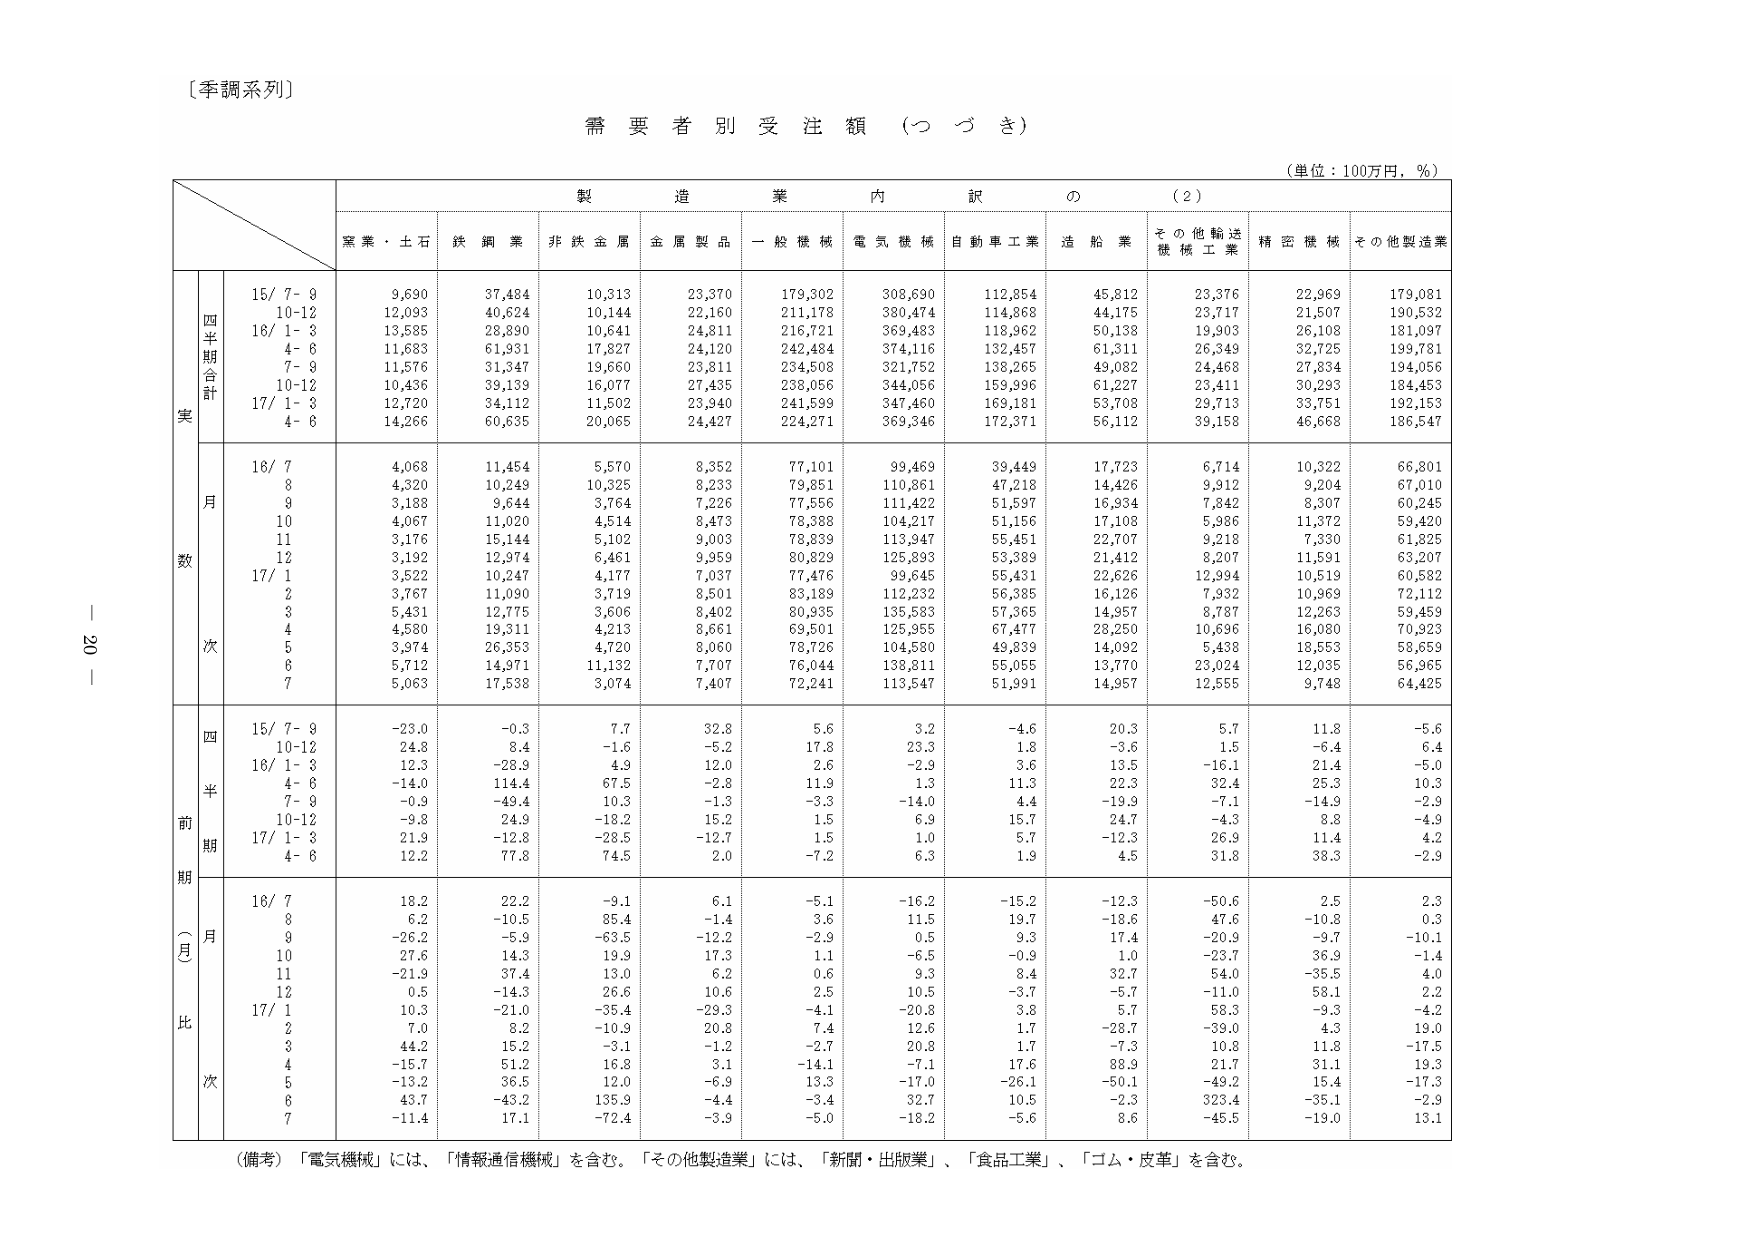
〔季調系列〕

需要者別受注額（つづき）

（単位：100万円，％）

製造業内訳の（2）

窯業・土石　鉄鋼業　非鉄金属　金属製品　一般機械　電気機械　自動車工業　造船業　その他輸送機械工業　精密機械　その他製造業

四半期合計
15/ 7-9　9,690　37,484　10,313　23,370　179,302　308,690　112,854　45,812　23,376　22,969　179,081
　10-12　12,093　40,624　10,144　22,160　211,178　380,474　114,868　44,175　23,717　21,507　190,532
16/ 1-3　13,585　28,890　10,641　24,811　216,721　369,483　118,962　50,138　19,903　26,108　181,097
　4-6　11,683　61,931　17,827　24,120　242,484　374,116　132,457　61,311　26,349　32,725　199,781
　7-9　11,576　31,347　19,660　23,811　234,508　321,752　138,265　49,082　24,468　27,834　194,056
　10-12　10,436　39,139　16,077　27,435　238,056　344,056　159,996　61,227　23,411　30,233　184,453
17/ 1-3　12,720　34,112　11,502　23,940　241,599　347,460　169,181　53,708　29,713　33,751　192,153
　4-6　14,266　60,635　20,065　24,427　224,271　369,346　172,371　56,112　39,158　46,668　186,547

月数
16/ 7　4,068　11,454　5,570　8,352　77,101　99,469　39,449　17,723　6,714　10,322　66,801
　8　4,320　10,249　10,325　8,233　79,851　110,861　47,218　14,426　9,912　9,204　67,010
　9　3,188　9,644　3,764　7,226　77,556　111,422　51,597　16,934　7,842　8,307　60,245
　10　4,067　11,020　4,514　8,473　78,388　104,217　51,156　17,108　5,986　11,372　59,420
　11　3,176　15,144　5,102　9,003　78,839　113,947　55,451　22,707　9,218　7,330　61,825
　12　3,192　12,974　6,461　9,359　80,829　125,893　53,389　21,412　8,207　11,591　63,207
17/ 1　3,522　10,247　4,177　7,037　77,476　99,645　55,431　22,626　12,994　10,519　60,582
　2　3,767　11,090　3,719　8,501　83,189　112,232　56,385　16,126　7,932　10,969　72,112
　3　5,431　12,775　3,606　8,402　80,935　135,583　57,365　14,957　8,787　12,263　59,459
　4　4,580　19,311　4,213　8,661　69,501　125,955　67,477　28,250　10,696　16,080　70,923
　5　3,974　26,353　4,720　8,060　78,726　104,580　49,839　14,092　5,438　18,553　58,659
　6　5,712　14,971　11,132　7,707　76,044　138,811　55,055　13,770　23,024　12,035　56,965
　7　5,063　17,538　3,074　7,407　72,241　113,547　51,991　14,957　12,555　9,748　64,425

四半期（前月比）
15/ 7-9　-23.0　-0.3　7.7　32.8　5.6　3.2　-4.6　20.3　5.7　11.8　-5.6
　10-12　24.8　8.4　-1.6　-5.2　17.8　23.3　1.8　-3.6　1.5　-6.4　6.4
16/ 1-3　12.3　-28.9　4.9　12.0　2.6　-2.9　3.6　13.5　-16.1　21.4　-5.0
　4-6　-14.0　114.4　67.5　-2.8　11.9　1.3　11.3　22.3　32.4　25.3　10.3
　7-9　-0.9　-49.4　10.3　-1.3　-3.3　-14.0　4.4　-19.9　-7.1　-14.9　-2.9
　10-12　-9.8　24.9　-18.2　15.2　1.5　6.9　15.7　24.7　-4.3　8.8　-4.9
17/ 1-3　21.9　-12.8　-28.5　-12.7　1.5　1.0　5.7　-12.3　26.9　11.4　4.2
　4-6　12.2　77.8　74.5　2.0　-7.2　6.3　1.9　4.5　31.8　38.3　-2.9

（前月比）
16/ 7　18.2　22.2　-9.1　6.1　-5.1　-16.2　-15.2　-12.3　-50.6　2.5　2.3
　8　6.2　-10.5　85.4　-1.4　3.6　11.5　19.7　-18.6　47.6　-10.8　0.3
　9　-26.2　-5.9　-63.5　-12.2　-2.9　0.5　9.3　17.4　-20.9　-9.7　-10.1
　10　27.6　14.3　19.9　17.3　1.1　-6.5　-0.9　1.0　-23.7　36.9　-1.4
　11　-21.9　37.4　13.0　6.2　0.6　9.3　8.4　32.7　54.0　-35.5　4.0
　12　0.5　-14.3　26.6　10.6　2.5　10.5　-3.7　-5.7　-11.0　58.1　2.2
17/ 1　10.3　-21.0　-35.4　-29.3　-4.1　-20.8　3.8　5.7　58.3　-9.3　-4.2
　2　7.0　8.2　-10.9　20.8　7.4　12.6　1.7　-28.7　-39.0　4.3　19.0
　3　44.2　15.2　-3.1　-1.2　-2.7　20.8　1.7　-7.3　10.8　11.8　-17.5
　4　-15.7　51.2　16.8　3.1　-14.1　-7.1　17.6　88.9　21.7　31.1　19.3
　5　-13.2　36.5　12.0　-6.9　13.3　-17.0　-26.1　-50.1　-49.2　15.4　-17.3
　6　43.7　-43.2　135.9　-4.4　-3.4　32.7　10.5　-2.3　323.4　-35.1　-2.9
　7　-11.4　17.1　-72.4　-3.9　-5.0　-18.2　-5.6　8.6　-45.5　-19.0　13.1

（備考）「電気機械」には、「情報通信機械」を含む。「その他製造業」には、「新聞・出版業」、「食品工業」、「ゴム・皮革」を含む。